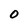
Character: O